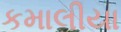
કમાલીયા